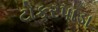
ટોકરપાડા